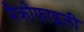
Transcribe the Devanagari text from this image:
मैक्रोफाइली